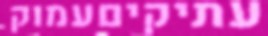
עתיקיםעמוק